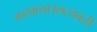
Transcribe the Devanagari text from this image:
करवाया।सत्यवती